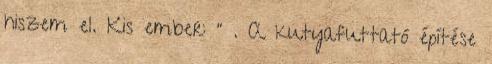
hiszem el. Kis ember: " . A kutyafuttató építése